[Report on the health of British troops in the Madras command]
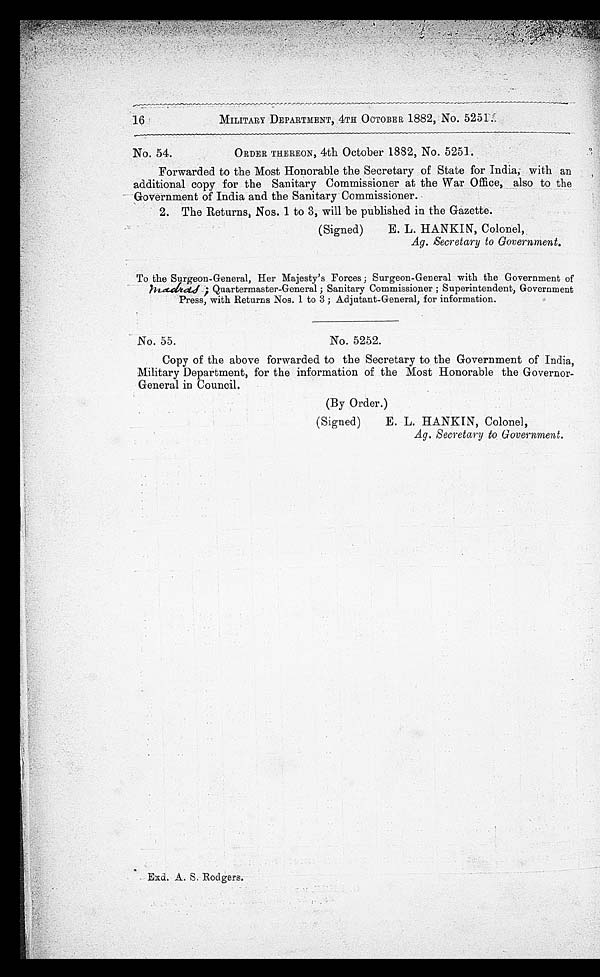
16
MILITARY DEPARTMENT, 4TH OCTOBER 1882, No. 5251.
No. 54.
ORDER THEREON, 4th October 1882, No. 5251.
Forwarded to the Most Honorable the Secretary of State for India; with an
additional copy for the Sanitary Commissioner at the War Office, also to the
Government of India and the Sanitary Commissioner.
2. The Returns, Nos. 1 to 3, will be published in the Gazette.
(Signed)
E. L. HANKIN, Colonel,
Ag. Secretary to Government.
To the Surgeon-General, Her Majesty's Forces; Surgeon-General with the Government of
; Madras; Quartermaster-General; Sanitary Commissioner; Superintendent, Government
Press, with Returns Nos. 1 to 3 ; Adjutant-General, for information.
No. 55.
No. 5252.
Copy of the above forwarded to the Secretary to the Government of India,
Military Department, for the information of the Most Honorable the Governor-
General in Council.
(By Order.)
(Signed)
E. L.HANKIN, Colonel,
Ag. Secretary to Government.
•
•
•
Exd. A, S. Rodgers.